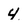
Character: 4